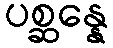
ပစ္ဆန္နေ